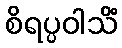
စိရပ္ပဝါသိံ